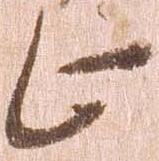
止